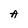
Character: A